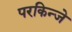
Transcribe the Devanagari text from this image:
परकिन्जे